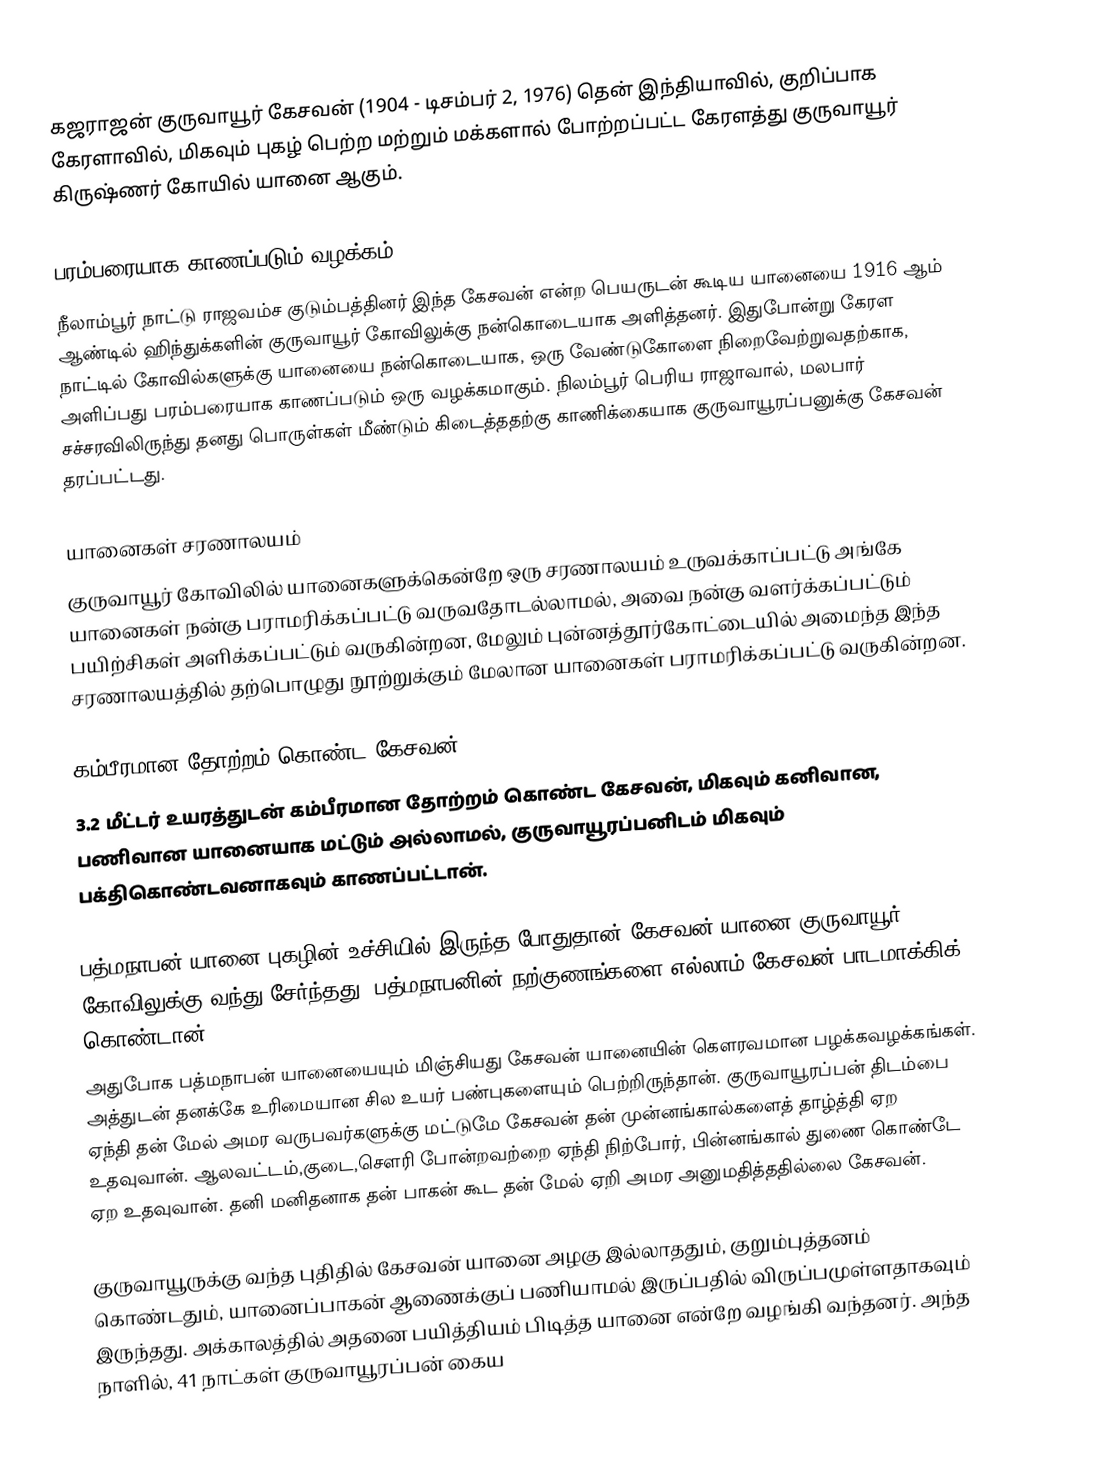
கஜராஜன் குருவாயூர் கேசவன் (1904 - டிசம்பர் 2, 1976) தென் இந்தியாவில், குறிப்பாக கேரளாவில், மிகவும் புகழ் பெற்ற மற்றும் மக்களால் போற்றப்பட்ட கேரளத்து குருவாயூர் கிருஷ்ணர் கோயில் யானை ஆகும்.

பரம்பரையாக காணப்படும் வழக்கம்
நீலாம்பூர் நாட்டு ராஜவம்ச குடும்பத்தினர் இந்த கேசவன் என்ற பெயருடன் கூடிய யானையை 1916 ஆம் ஆண்டில் ஹிந்துக்களின் குருவாயூர் கோவிலுக்கு நன்கொடையாக அளித்தனர். இதுபோன்று கேரள நாட்டில் கோவில்களுக்கு யானையை நன்கொடையாக, ஒரு வேண்டுகோளை நிறைவேற்றுவதற்காக, அளிப்பது பரம்பரையாக காணப்படும் ஒரு வழக்கமாகும். நிலம்பூர் பெரிய ராஜாவால், மலபார் சச்சரவிலிருந்து தனது பொருள்கள் மீண்டும் கிடைத்ததற்கு காணிக்கையாக குருவாயூரப்பனுக்கு கேசவன் தரப்பட்டது.

யானைகள் சரணாலயம்
குருவாயூர் கோவிலில் யானைகளுக்கென்றே ஒரு சரணாலயம் உருவக்காப்பட்டு அங்கே யானைகள் நன்கு பராமரிக்கப்பட்டு வருவதோடல்லாமல், அவை நன்கு வளர்க்கப்பட்டும் பயிற்சிகள் அளிக்கப்பட்டும் வருகின்றன, மேலும் புன்னத்தூர்கோட்டையில் அமைந்த இந்த சரணாலயத்தில் தற்பொழுது நூற்றுக்கும் மேலான யானைகள் பராமரிக்கப்பட்டு வருகின்றன.

கம்பீரமான தோற்றம் கொண்ட கேசவன்
3.2 மீட்டர் உயரத்துடன் கம்பீரமான தோற்றம் கொண்ட கேசவன், மிகவும் கனிவான, பணிவான யானையாக மட்டும் அல்லாமல், குருவாயூரப்பனிடம் மிகவும் பக்திகொண்டவனாகவும் காணப்பட்டான்.

பத்மநாபன் யானை புகழின் உச்சியில் இருந்த போதுதான் கேசவன் யானை குருவாயூர் கோவிலுக்கு வந்து சேர்ந்தது. பத்மநாபனின் நற்குணங்களை எல்லாம் கேசவன் பாடமாக்கிக் கொண்டான்.
அதுபோக பத்மநாபன் யானையையும் மிஞ்சியது கேசவன் யானையின் கெளரவமான பழக்கவழக்கங்கள். அத்துடன் தனக்கே உரிமையான சில உயர் பண்புகளையும் பெற்றிருந்தான். குருவாயூரப்பன் திடம்பை ஏந்தி தன் மேல் அமர வருபவர்களுக்கு மட்டுமே கேசவன் தன் முன்னங்கால்களைத் தாழ்த்தி ஏற உதவுவான். ஆலவட்டம்,குடை,செளரி போன்றவற்றை ஏந்தி நிற்போர், பின்னங்கால் துணை கொண்டே ஏற உதவுவான். தனி மனிதனாக தன் பாகன் கூட தன் மேல் ஏறி அமர அனுமதித்ததில்லை கேசவன்.

குருவாயூருக்கு வந்த புதிதில் கேசவன் யானை அழகு இல்லாததும், குறும்புத்தனம் கொண்டதும், யானைப்பாகன் ஆணைக்குப் பணியாமல் இருப்பதில் விருப்பமுள்ளதாகவும் இருந்தது. அக்காலத்தில் அதனை பயித்தியம் பிடித்த யானை என்றே வழங்கி வந்தனர். அந்த நாளில், 41 நாட்கள் குருவாயூரப்பன் கைய